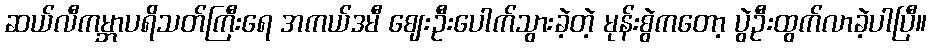
ဆယ်လီကမ္ဘာပရိသတ်ကြီးရေ အကယ်ဒမီ ဈေးဦးပေါက်သွားခဲ့တဲ့ မုန်းစွဲကတော့ ပွဲဦးထွက်လာခဲ့ပါပြီ။